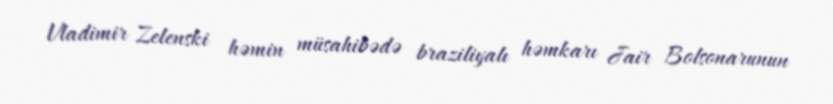
Vladimir Zelenski həmin müsahibədə braziliyalı həmkarı Jair Bolsonarunun